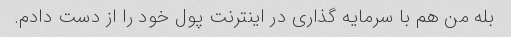
بله من هم با سرمایه گذاری در اینترنت پول خود را از دست دادم.